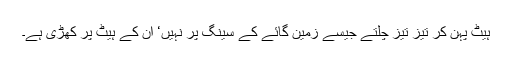
ہیٹ پہن کر تیز تیز چلتے جیسے زمین گائے کے سینگ پر نہیں‘ ان کے ہیٹ پر کھڑی ہے۔